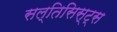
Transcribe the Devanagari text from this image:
सल्तिसिस्ट्स